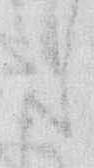
た